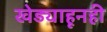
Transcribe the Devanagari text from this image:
खेड्याहूनही